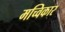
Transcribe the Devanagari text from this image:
मच्विकार